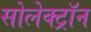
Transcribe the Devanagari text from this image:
सोलेक्ट्रॉन